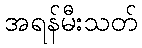
အရန်မီးသတ်